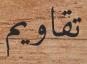
تقاويم